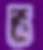
ভ